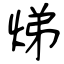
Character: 焍